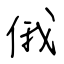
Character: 俄